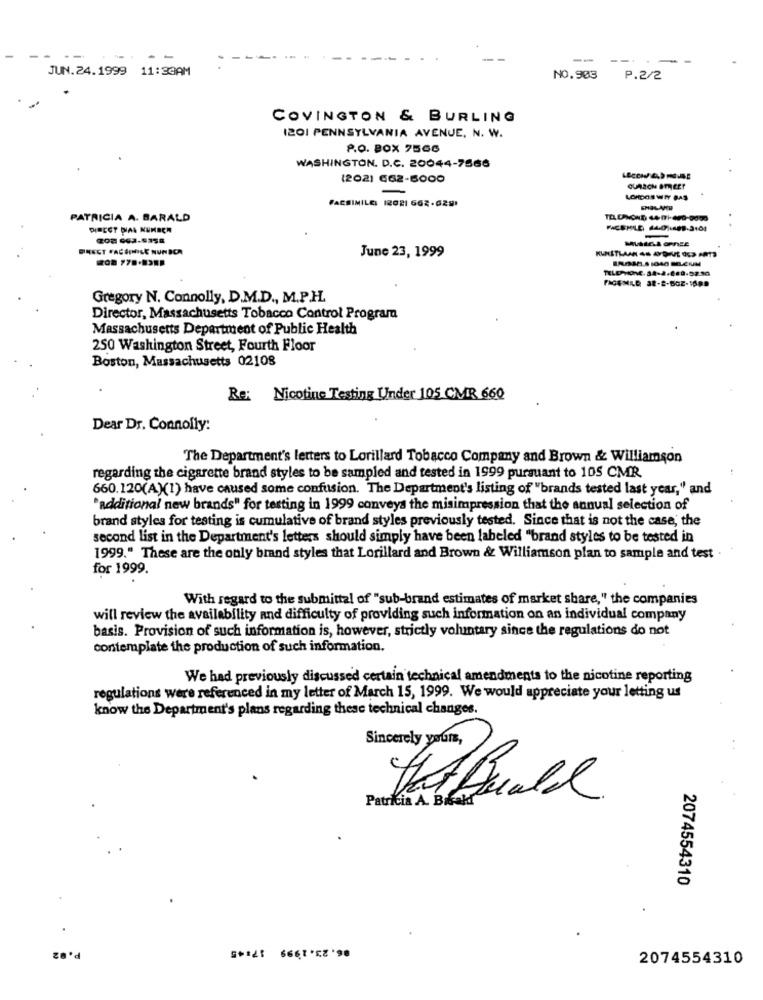
- -
.. .
--
JUN.24.1999 11:33AM
NO.983
P.2/2
COVINGTON & BURLING
I201 PENNSYLVANIA AVENUE, N. W.
P.O. BOX 75CC
WASHINGTON. D.C. 20044-7566
(202) 662-6000
LOMDOS WIIY BAS
FACSIMILE 12021 662-6291
PATRICIA A. BARALD
DIRECT DIAL NUMBER
DINECT FACSIMILE NUNBCA
June 23, 1999
TELEPHONE. 34-2.889.52.30
FACEMLD 32-2-BGE-1699
Gregory N. Connolly, D.M.D ., M.P.H.
Director, Massachusetts Tobacco Control Program
Massachusetts Department of Public Health
250 Washington Street, Fourth Floor
Boston, Massachusetts 02108
Re: Nicotine Testing Under 105 CMR 660
Dear Dr. Connolly:
The Department's letters to Lorillard Tobacco Company and Brown & Williamson
regarding the cigarette brand styles to be sampled and tested in 1999 pursuant to 105 CMR.
660.120(A)(1) have caused some confusion. The Department's listing of "brands tested last year," and
"additional new brands" for testing in 1999 conveys the misimpression that the annual selection of
brand styles for testing is cumulative of brand styles previously tested. Since that is not the case, the
second list in the Department's letters should simply have been labeled "brand styles to be tested in
1999." These are the only brand styles that Lorillard and Brown & Williamson plan to sample and test
for 1999.
With regard to the submittal of "sub-brand estimates of market share," the companies
will review the availability and difficulty of providing such information on an individual company
basis. Provision of such information is, however, strictly voluntary since the regulations do not
contemplate the production of such information.
We had previously discussed certain technical amendments to the nicotine reporting
regulations were referenced in my letter of March 15, 1999. We would appreciate your letting us
know the Department's plans regarding these technical changes.
Sincerely yours,
Patricia A. Bisakdl
2074554310
P.02
2074554310